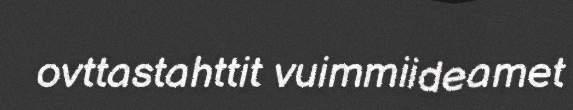
ovttastahttit vuimmiideamet